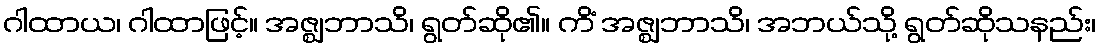
ဂါထာယ၊ ဂါထာဖြင့်။ အဇ္ဈဘာသိ၊ ရွတ်ဆို၏။ ကိံ အဇ္ဈဘာသိ၊ အဘယ်သို့ ရွတ်ဆိုသနည်း၊